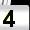
Digit: 4